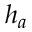
h _ { a }